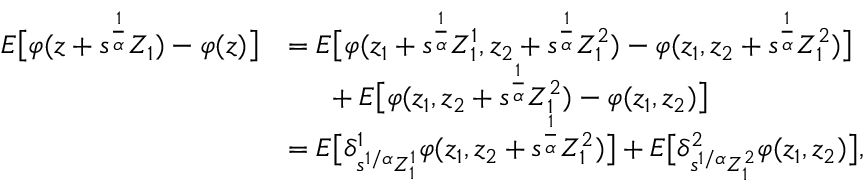
\begin{array} { r l } { E \big [ \varphi ( z + s ^ { \frac { 1 } { \alpha } } Z _ { 1 } ) - \varphi ( z ) \big ] } & { = E \big [ \varphi ( z _ { 1 } + s ^ { \frac { 1 } { \alpha } } Z _ { 1 } ^ { 1 } , z _ { 2 } + s ^ { \frac { 1 } { \alpha } } Z _ { 1 } ^ { 2 } ) - \varphi ( z _ { 1 } , z _ { 2 } + s ^ { \frac { 1 } { \alpha } } Z _ { 1 } ^ { 2 } ) \big ] } \\ & { \mathrm { ~ \ ~ \ } + E \big [ \varphi ( z _ { 1 } , z _ { 2 } + s ^ { \frac { 1 } { \alpha } } Z _ { 1 } ^ { 2 } ) - \varphi ( z _ { 1 } , z _ { 2 } ) \big ] } \\ & { = E \big [ \delta _ { s ^ { 1 / \alpha } Z _ { 1 } ^ { 1 } } ^ { 1 } \varphi ( z _ { 1 } , z _ { 2 } + s ^ { \frac { 1 } { \alpha } } Z _ { 1 } ^ { 2 } ) \big ] + E \big [ \delta _ { s ^ { 1 / \alpha } Z _ { 1 } ^ { 2 } } ^ { 2 } \varphi ( z _ { 1 } , z _ { 2 } ) \big ] , } \end{array}